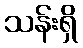
သန်းရှိ